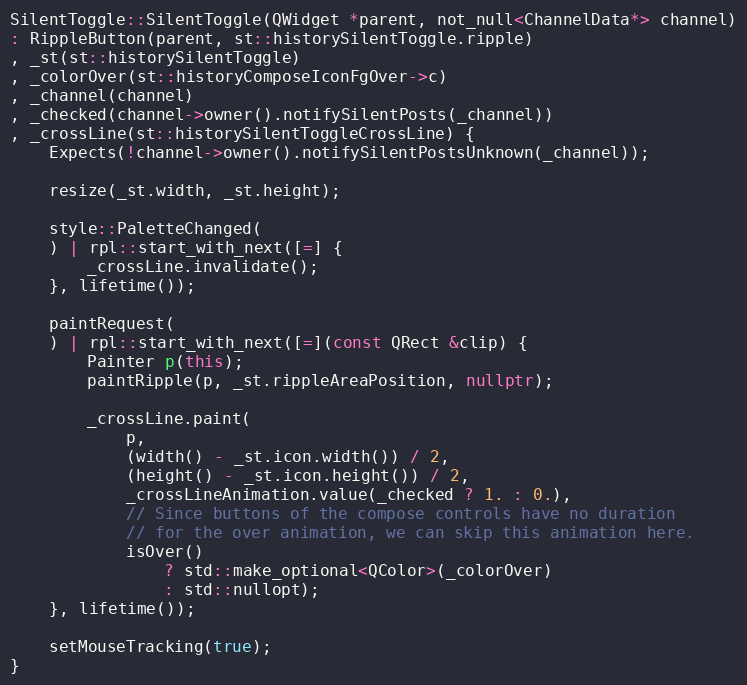
Language: C++
SilentToggle::SilentToggle(QWidget *parent, not_null<ChannelData*> channel)
: RippleButton(parent, st::historySilentToggle.ripple)
, _st(st::historySilentToggle)
, _colorOver(st::historyComposeIconFgOver->c)
, _channel(channel)
, _checked(channel->owner().notifySilentPosts(_channel))
, _crossLine(st::historySilentToggleCrossLine) {
	Expects(!channel->owner().notifySilentPostsUnknown(_channel));

	resize(_st.width, _st.height);

	style::PaletteChanged(
	) | rpl::start_with_next([=] {
		_crossLine.invalidate();
	}, lifetime());

	paintRequest(
	) | rpl::start_with_next([=](const QRect &clip) {
		Painter p(this);
		paintRipple(p, _st.rippleAreaPosition, nullptr);

		_crossLine.paint(
			p,
			(width() - _st.icon.width()) / 2,
			(height() - _st.icon.height()) / 2,
			_crossLineAnimation.value(_checked ? 1. : 0.),
			// Since buttons of the compose controls have no duration
			// for the over animation, we can skip this animation here.
			isOver()
				? std::make_optional<QColor>(_colorOver)
				: std::nullopt);
	}, lifetime());

	setMouseTracking(true);
}